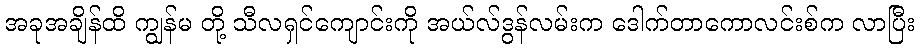
အခုအချိန်ထိ ကျွန်မ တို့ သီလရှင်ကျောင်းကို အယ်လ်ဒွန်လမ်းက ဒေါက်တာကောလင်းစ်က လာပြီး